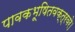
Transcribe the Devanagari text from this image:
पावकभूषितवक्त्रवरे।